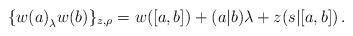
LaTeX: \begin{align*}\{{w(a)}_\lambda{w(b)}\}_{z,\rho}=w([a,b])+(a|b)\lambda+z(s|[a,b])\,.\end{align*}